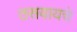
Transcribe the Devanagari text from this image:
ठसवायचे